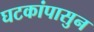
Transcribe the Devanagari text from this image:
घटकांपासुन